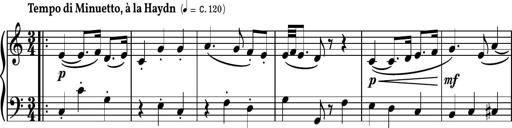
Title: Piano Sonatina II
Composer: Dimitri Sykias
Key: F major